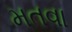
મતવા